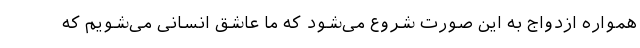
همواره ازدواج به این صورت شروع می‌شود که ما عاشق انسانی می‌شویم که